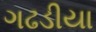
ગઢડીયા